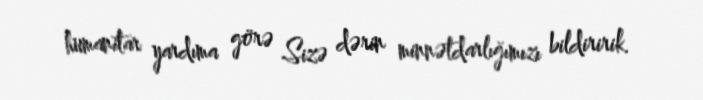
humanitar yardıma görə Sizə dərin minnətdarlığımızı bildiririk.